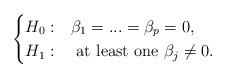
LaTeX: \begin{align*}\begin{cases}H_{0}:& \beta_{1}=...=\beta_{p}=0,\\H_{1}:& \mbox{ at least one } \beta_{j}\neq 0.\end{cases}\end{align*}